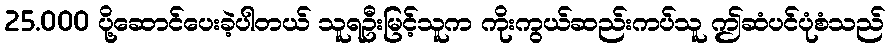
25.000 ပို့ဆောင်ပေးခဲ့ပါတယ် သူရဦးမြင့်သူက ကိုးကွယ်ဆည်းကပ်သူ ဤဆံပင်ပုံစံသည်